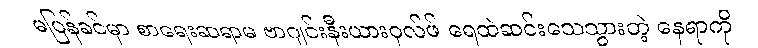
မပြန်ခင်မှာ စာရေးဆရာမ ဗာဂျင်းနီးယားဝုလ်ဖ် ရေထဲဆင်းသေသွားတဲ့ နေရာကို